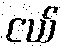
ငယ်